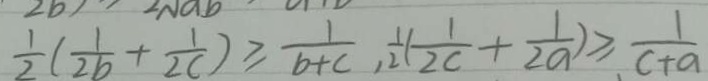
\frac { 1 } { 2 } ( \frac { 1 } { 2 b } + \frac { 1 } { 2 c } ) \geqslant \frac { 1 } { b + c } , \frac { 1 } { 2 } ( \frac { 1 } { 2 c } + \frac { 1 } { 2 a } ) \geqslant \frac { 1 } { c + a }